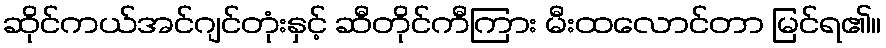
ဆိုင်ကယ်အင်ဂျင်တုံးနှင့် ဆီတိုင်ကီကြား မီးထလောင်တာ မြင်ရ၏။